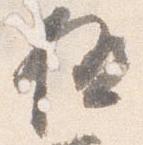
極